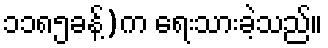
၁၁၈၅ခန့်)က ရေးသားခဲ့သည်။